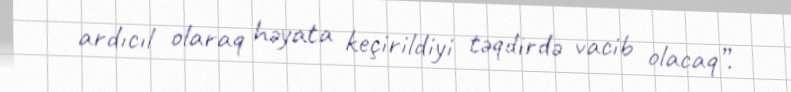
ardıcıl olaraq həyata keçirildiyi təqdirdə vacib olacaq”.